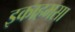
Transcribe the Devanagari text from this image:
इकाहमसा